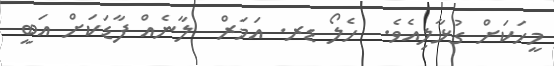
މީހަކަށް ގުޅާލިއެވެ.  ހެލޯ ޑރ. އަމަރް  ލާނެއް ފާޑަކަށް އަބީ